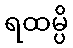
ရထမ္ပိ